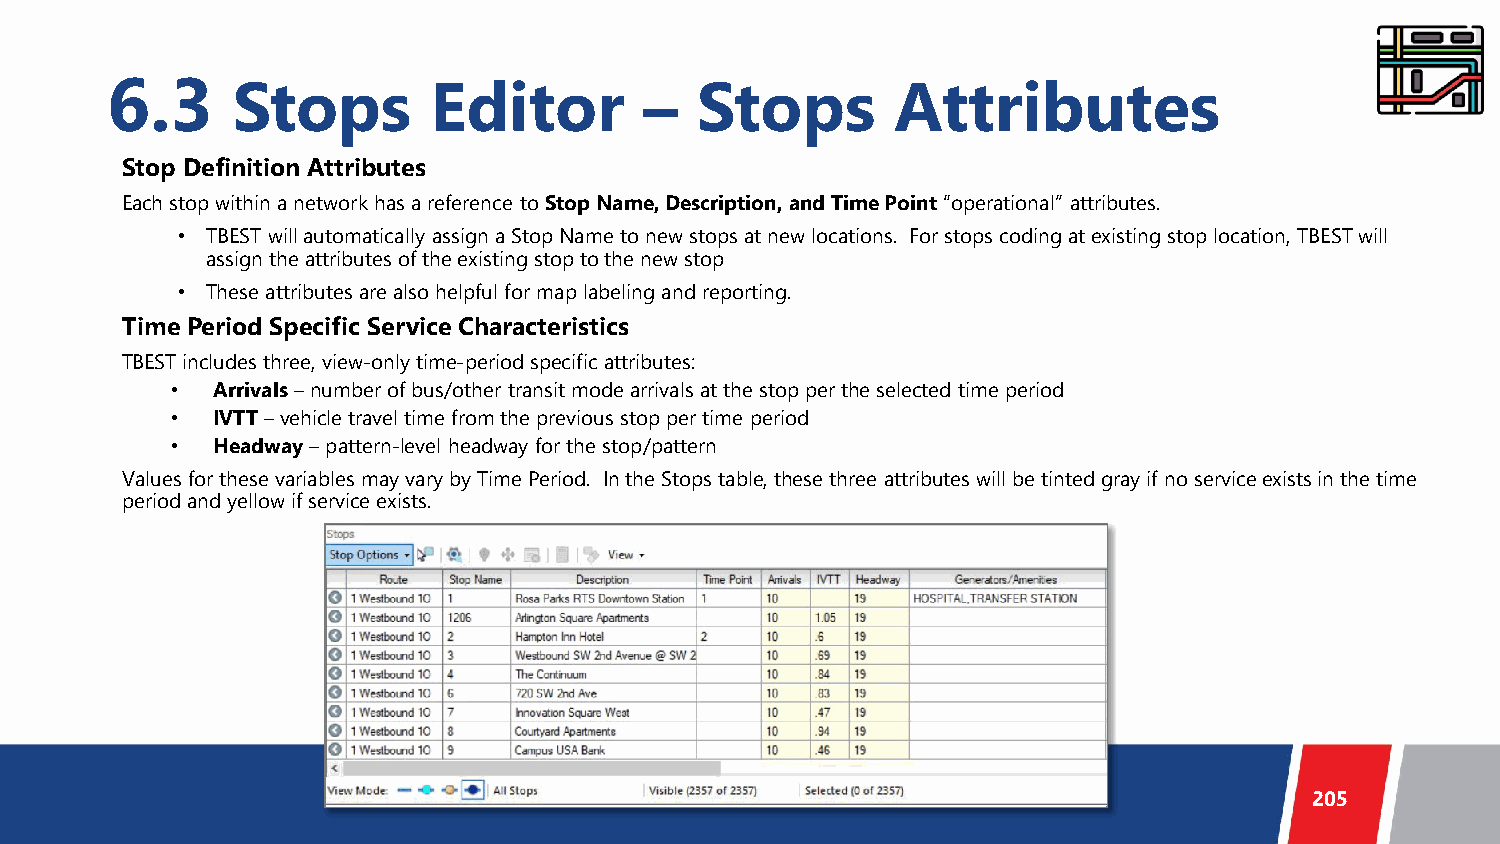
6.3     Stops        Editor         –  Stops        Attributes
 Stop Definition Attributes
 Each stop within a network has a reference to Stop Name, Description, and Time Point“operational” attributes.
 • TBEST will automatically assign a Stop Name to new stops at new locations. For stops coding at existing stop location, TBESTwill
 assign the attributes of the existing stop to the new stop
 • These attributes are also helpful for map labeling and reporting.
 Time Period Specific Service Characteristics
 TBEST includes three, view-only time-period specific attributes:
 •  Arrivals–number of bus/other transit mode arrivals at the stop per the selected time period
 •  IVTT–vehicle travel time from the previous stop per time period
 •  Headway–pattern-level headway for the stop/pattern
 Values for these variables may vary by Time Period. In the Stops table, these three attributes will be tinted gray if no service exists in the time
 period and yellow if service exists.
 205